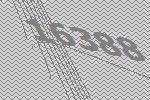
16388